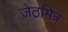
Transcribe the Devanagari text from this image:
जेठमित्र